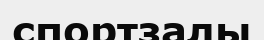
спортзалы